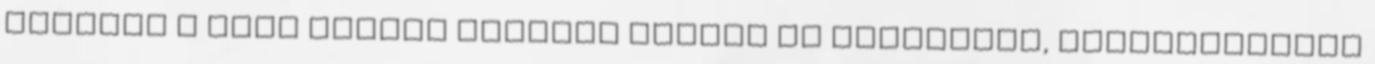
előnyei a kézi erővel szemben Mindig is tökéletes, katalógusokba